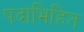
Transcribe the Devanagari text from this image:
पदाभिहित